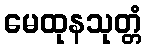
မေထုနသုတ္တံ